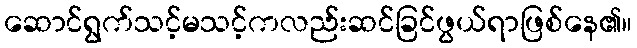
ဆောင်ရွက်သင့်မသင့်ကလည်းဆင်ခြင်ဖွယ်ရာဖြစ်နေ၏။